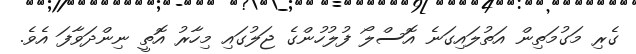
ގެރި މަގުމަތިން އަތުލައިގަނެ އޮސްލޯ ފުލުހުންގެ ޖަލުގައި މިހާރު އޮތީ ނިންދަވާފަ އެވެ.